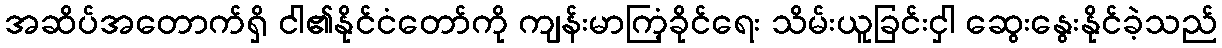
အဆိပ်အတောက်ရှိ ငါ၏နိုင်ငံတော်ကို ကျန်းမာကြံ့ခိုင်ရေး သိမ်းယူခြင်းငှါ ဆွေးနွေးနိုင်ခဲ့သည်